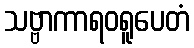
သဗ္ဗာကာရဝရူပေတံ